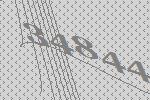
34844